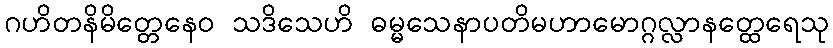
ဂဟိတနိမိတ္တေနေဝ သဒိသေဟိ ဓမ္မသေနာပတိမဟာမောဂ္ဂလ္လာနတ္ထေရေသု